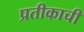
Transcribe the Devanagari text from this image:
प्रतीकाची